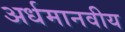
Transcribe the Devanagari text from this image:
अर्धमानवीय